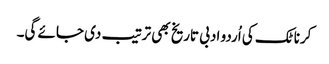
کرناٹک کی اُردو ادبی تاریخ بھی ترتیب دی جائے گی۔